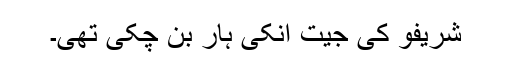
شریفو کی جیت انکی ہار بن چکی تھی۔